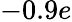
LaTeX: -0.9e